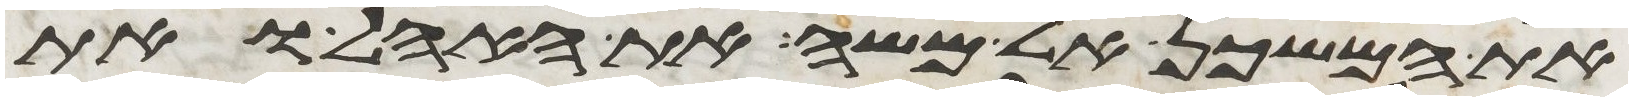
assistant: את המשכן אל משה את האהל ואת